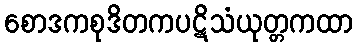
စောဒကစုဒိတကပဋိသံယုတ္တကထာ